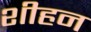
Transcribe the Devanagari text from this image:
शीहन